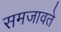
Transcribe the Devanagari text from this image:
समजावते